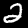
Digit: 2